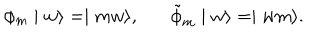
\phi _ { m } \mid w \rangle = \mid m w \rangle , \tilde { \phi } _ { m } \mid w \rangle = \mid w m \rangle .